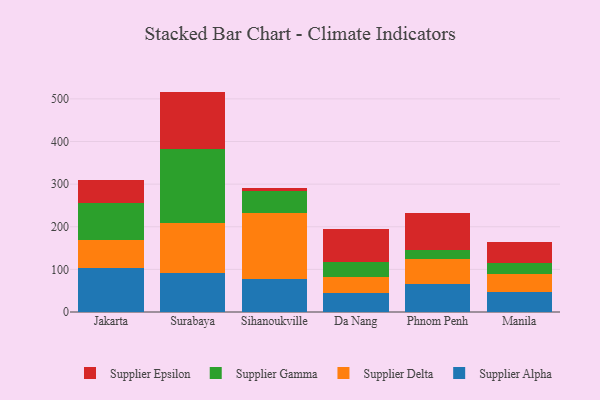
{"axis": {"x": "City", "y": "Waste Production (Tons)"}, "legend": ["Supplier Alpha", "Supplier Delta", "Supplier Epsilon", "Supplier Gamma"], "data": [{"x": "Jakarta", "y": 102.8, "type": "Supplier Alpha"}, {"x": "Jakarta", "y": 66.8, "type": "Supplier Delta"}, {"x": "Jakarta", "y": 85.1, "type": "Supplier Gamma"}, {"x": "Jakarta", "y": 56.0, "type": "Supplier Epsilon"}, {"x": "Surabaya", "y": 91.3, "type": "Supplier Alpha"}, {"x": "Surabaya", "y": 118.2, "type": "Supplier Delta"}, {"x": "Surabaya", "y": 173.9, "type": "Supplier Gamma"}, {"x": "Surabaya", "y": 133.7, "type": "Supplier Epsilon"}, {"x": "Sihanoukville", "y": 77.3, "type": "Supplier Alpha"}, {"x": "Sihanoukville", "y": 154.1, "type": "Supplier Delta"}, {"x": "Sihanoukville", "y": 53.2, "type": "Supplier Gamma"}, {"x": "Sihanoukville", "y": 7.0, "type": "Supplier Epsilon"}, {"x": "Da Nang", "y": 43.9, "type": "Supplier Alpha"}, {"x": "Da Nang", "y": 37.2, "type": "Supplier Delta"}, {"x": "Da Nang", "y": 37.3, "type": "Supplier Gamma"}, {"x": "Da Nang", "y": 75.9, "type": "Supplier Epsilon"}, {"x": "Phnom Penh", "y": 66.6, "type": "Supplier Alpha"}, {"x": "Phnom Penh", "y": 57.2, "type": "Supplier Delta"}, {"x": "Phnom Penh", "y": 20.6, "type": "Supplier Gamma"}, {"x": "Phnom Penh", "y": 88.6, "type": "Supplier Epsilon"}, {"x": "Manila", "y": 47.7, "type": "Supplier Alpha"}, {"x": "Manila", "y": 41.6, "type": "Supplier Delta"}, {"x": "Manila", "y": 26.3, "type": "Supplier Gamma"}, {"x": "Manila", "y": 49.1, "type": "Supplier Epsilon"}]}